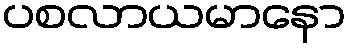
ပစလာယမာနော